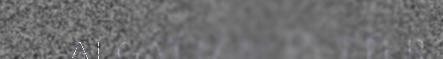
algâttâm Petter